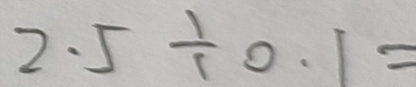
2 . 5 \div 0 . 1 =